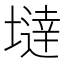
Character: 𡐿